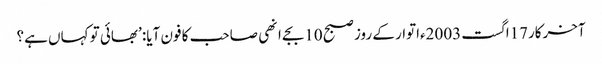
آخرکار17اگست 2003ءاتوار کے روز صبح 10بجے انھی صاحب کا فون آیا: ’بھائی تو کہاں ہے؟